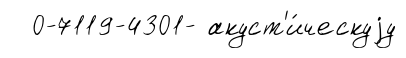
0-7119-4301- акуст'и́ческуjу